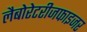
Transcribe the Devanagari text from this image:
लैबोरेटरीजफाइजर